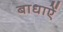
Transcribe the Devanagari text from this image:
बाधाऐं